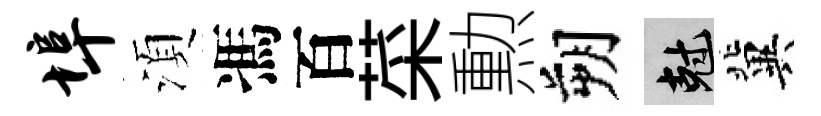
埠湏馮百菜勲朔剋冀